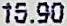
15.90